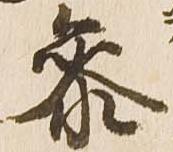
参